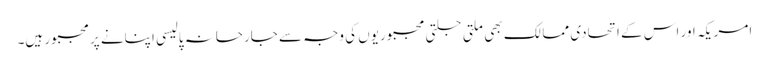
امریکہ اور اس کے اتحادی ممالک بھی ملتی جلتی مجبوریوں کی وجہ سے جارحانہ پالیسی اپنانے پر مجبور ہیں۔